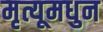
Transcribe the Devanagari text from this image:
मृत्यूमधुन